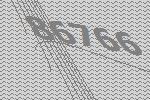
86766